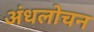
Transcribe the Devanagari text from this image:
अंधलोचन